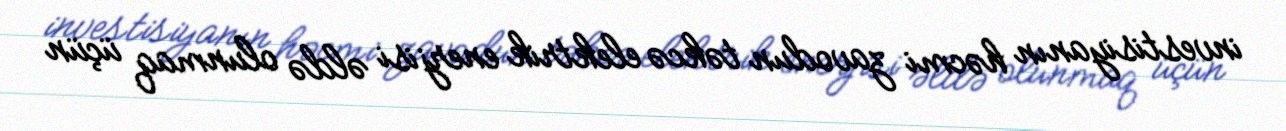
investisiyanın həcmi zavodun təkcə elektrik enerjisi əldə olunmaq üçün